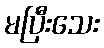
မပြီးသေး